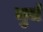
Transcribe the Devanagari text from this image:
मुर्ज